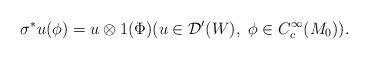
LaTeX: \begin{align*}\sigma^*u(\phi)=u\otimes 1(\Phi) (u\in \mathcal D'(W),\ \phi\in C_c^\infty(M_0)).\end{align*}